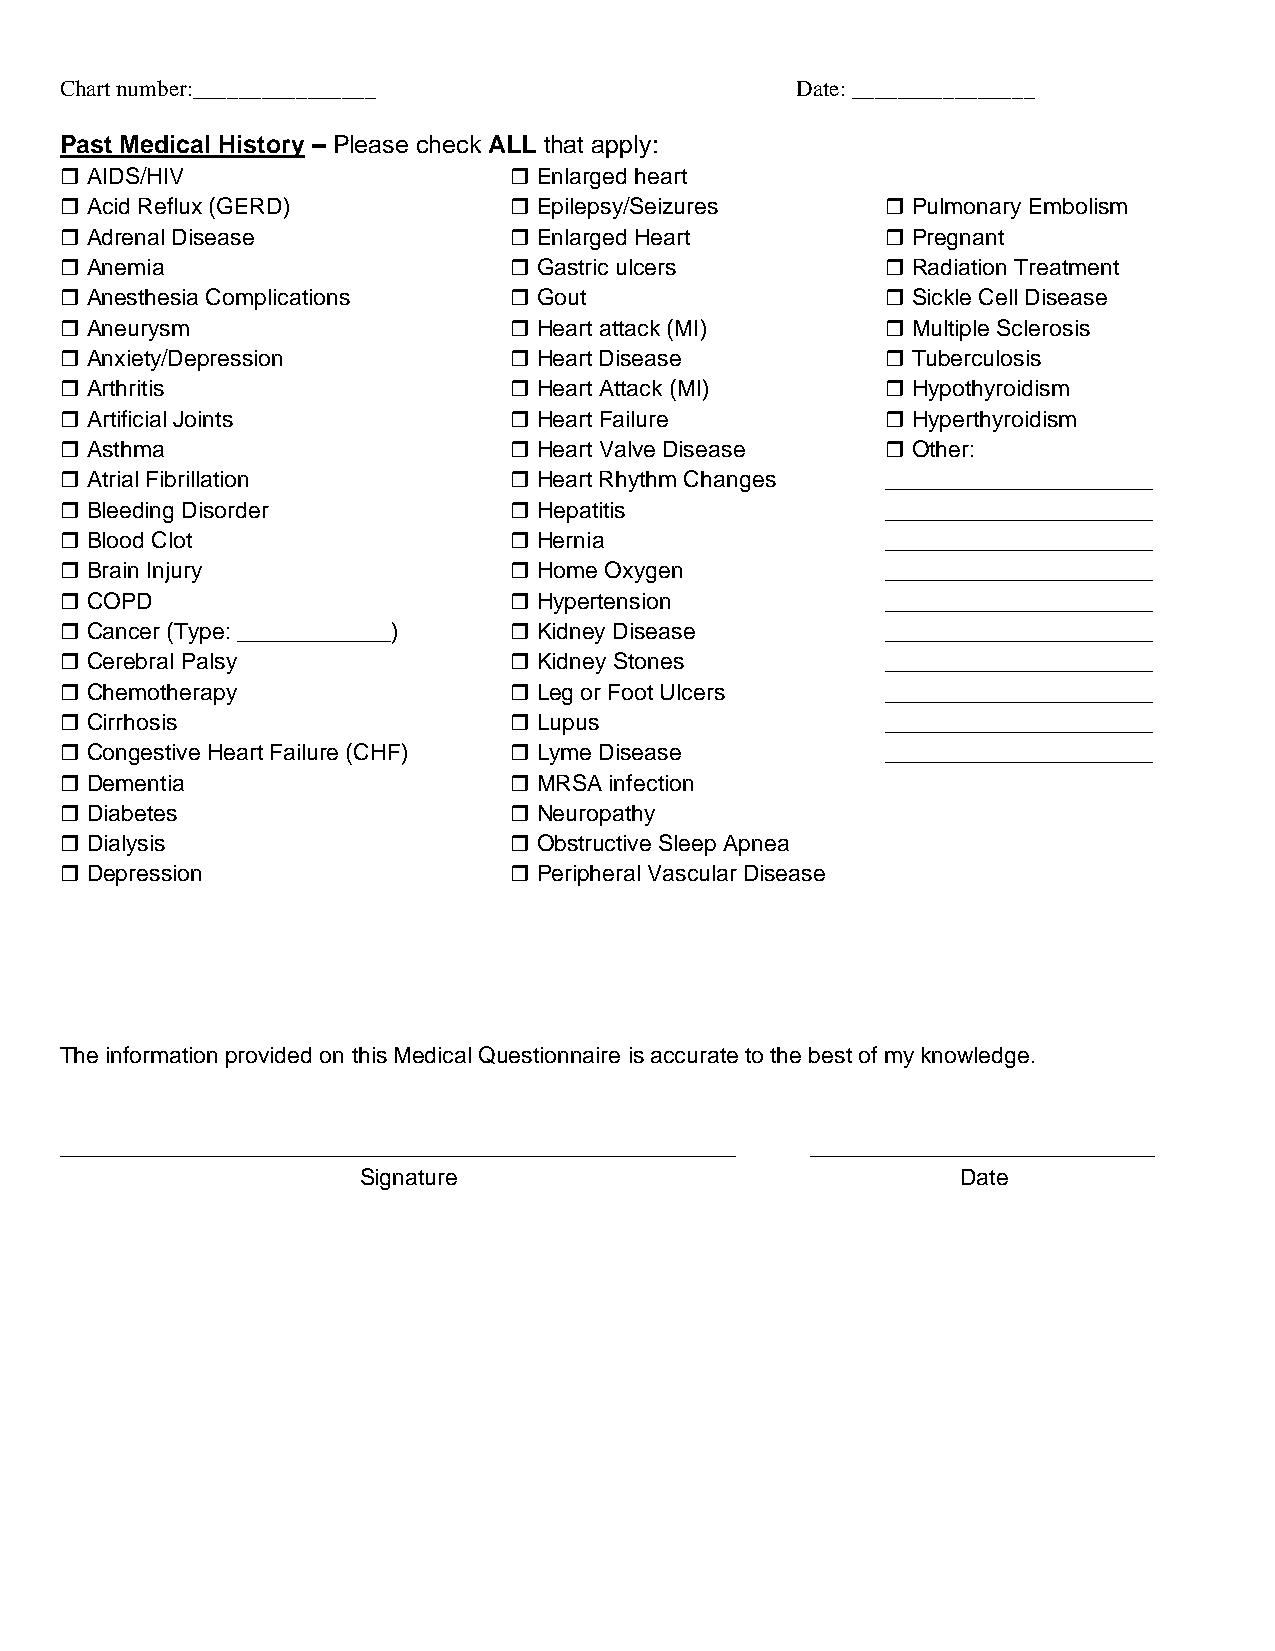
Chart number:________________                    Date: ________________
 Past Medical History – Please check ALL that apply:
  AIDS/HIV                     Enlarged heart
  Acid Reflux (GERD)           Epilepsy/Seizures       Pulmonary Embolism
  Adrenal Disease              Enlarged Heart          Pregnant
  Anemia                       Gastric ulcers          Radiation Treatment
  Anesthesia Complications     Gout                    Sickle Cell Disease
  Aneurysm                     Heart attack (MI)       Multiple Sclerosis
  Anxiety/Depression           Heart Disease           Tuberculosis
  Arthritis                    Heart Attack (MI)       Hypothyroidism
  Artificial Joints            Heart Failure           Hyperthyroidism
  Asthma                       Heart Valve Disease     Other:
  Atrial Fibrillation          Heart Rhythm Changes   _____________________
  Bleeding Disorder            Hepatitis              _____________________
  Blood Clot                   Hernia                 _____________________
  Brain Injury                 Home Oxygen            _____________________
  COPD                         Hypertension           _____________________
  Cancer (Type: ____________)  Kidney Disease         _____________________
  Cerebral Palsy               Kidney Stones          _____________________
  Chemotherapy                 Leg or Foot Ulcers     _____________________
  Cirrhosis                    Lupus                  _____________________
  Congestive Heart Failure (CHF)  Lyme Disease        _____________________
  Dementia                     MRSA infection
  Diabetes                     Neuropathy
  Dialysis                     Obstructive Sleep Apnea
  Depression                   Peripheral Vascular Disease
 The information provided on this Medical Questionnaire is accurate to the best of my knowledge.
 _____________________________________________________ ___________________________
 Signature                               Date